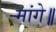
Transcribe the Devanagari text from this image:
मांगे॥